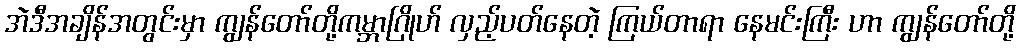
အဲဒီအချိန်အတွင်းမှာ ကျွန်တော်တို့ကမ္ဘာဂြိုဟ် လှည့်ပတ်နေတဲ့ ကြယ်တာရာ နေမင်းကြီး ဟာ ကျွန်တော်တို့